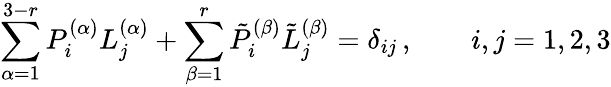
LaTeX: \sum_{\alpha=1}^{3-r}{P}_{i}^{(\alpha)}{L}_{j}^{(\alpha)}+\sum_{\beta=1}^{r}{\tilde{P}}_{i}^{(\beta)}{\tilde{L}}_{j}^{(\beta)}=\delta_{ij}\, ,\qquad i,j=1,2,3